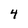
Character: 4